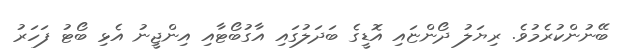
ބޭނުންކުރެމުވެ. ރިޔަލު ދޯންޏައި އޮޑީގެ ބަދަލުގައި އާގުބޯޓާއި އިންޖީނު އެޅި ބޯޓު ފަހަރު